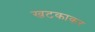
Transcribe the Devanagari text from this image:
खटकाकर